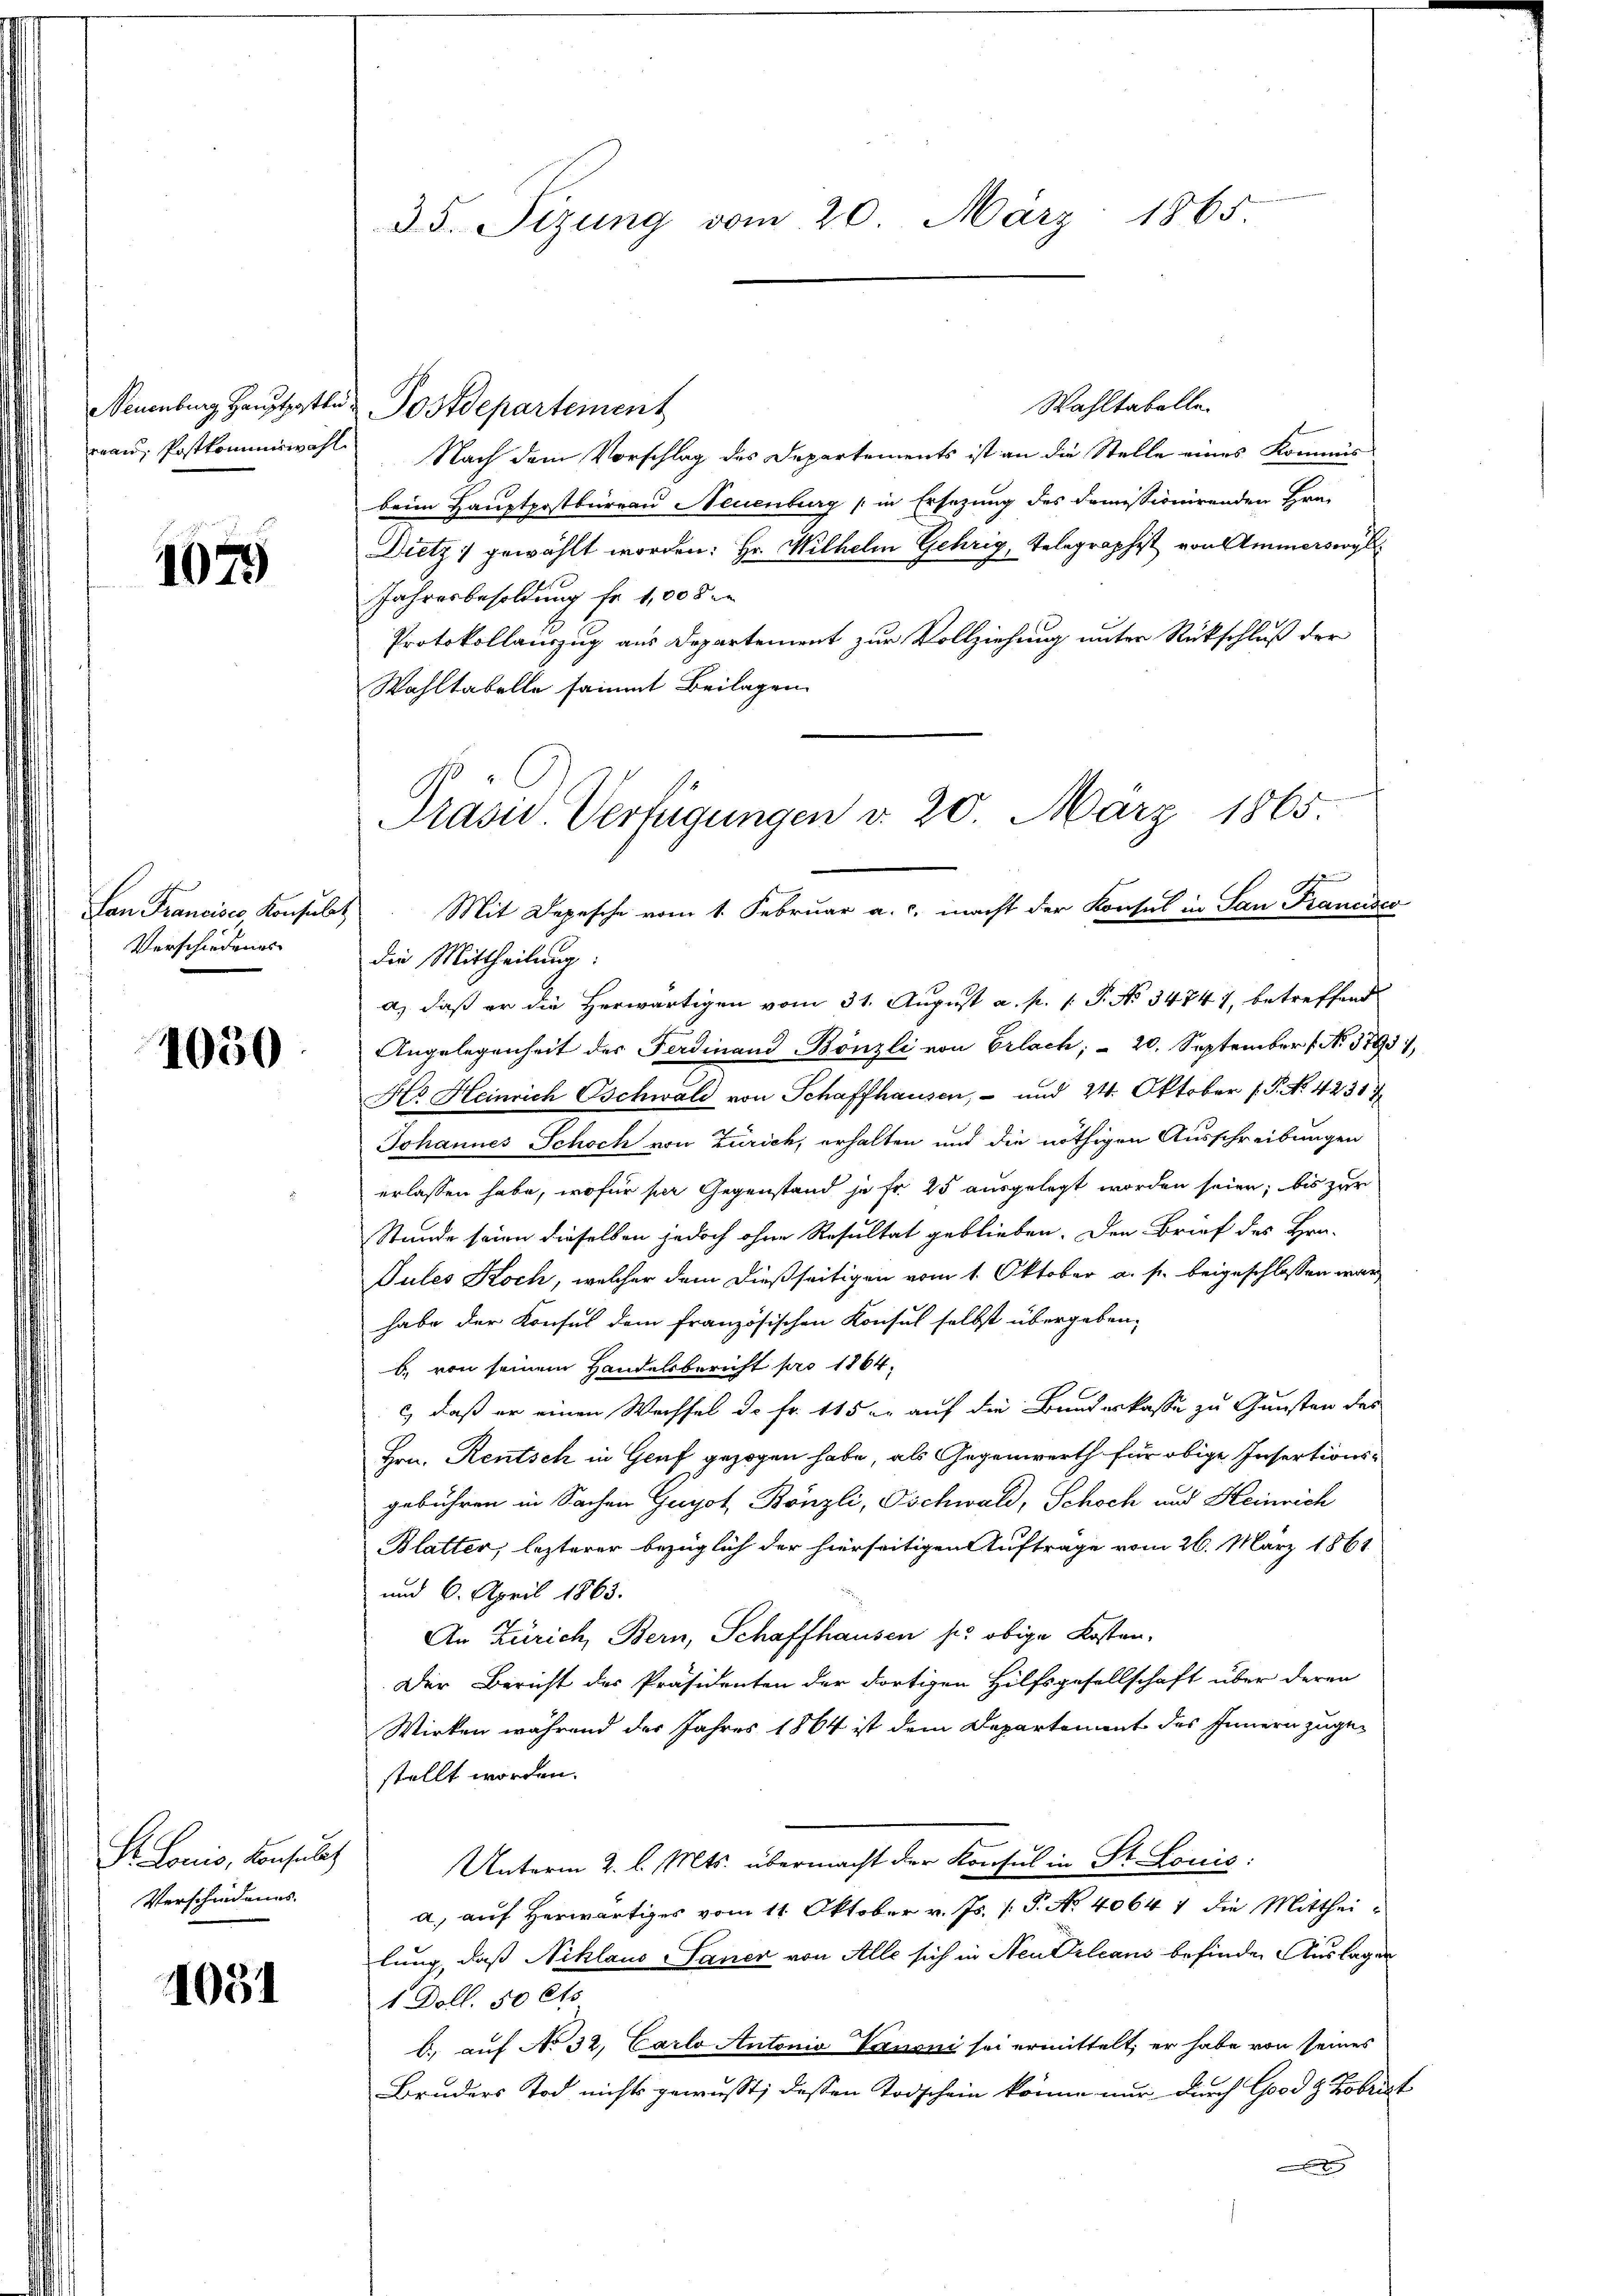
rau, Postkommiswahl.

1079

Verschiedenes

41050

S. Louis, Consulat
Verschiedungs-

1051

Neuenburg Hauptpotte Postdepartement

35. Sizung vom 20. März 1865.

Lan Francisco Konsulat. Mit Depesche vom 1. Februar a. c. macht der Konsul in San Francisco

Wahltabelle
Nach dem Vorschlag des Departements ist an die Stelle eines Kommis
beim Hauptpostbureau Neuenburg (in Ersezung des domissionirenden Hrn.
Dietz gewählt worden: Hr. Wilhelm Gehrig, Telegraphist von Ammerswyl
Jahresbesoldung fr. 1,000
Protokollauszug aus Departement zur Vollziehung unter Rückschluß der
Wohltabelle sammt Beilagen
Präsid. Verfügungen d. 20. März 1865.

die Mittheilung:
a) daß er die Herwärtigen vom 31. August a. p. 1. P. No 34741, betreffend
Angelegenheit des Ferdinand Bönzli von Erlach, - 20. September No. 3793),
Ko Heinrich Oschwald von Schaffhausen, – und 24. Oktober (P. Nr. 42317
Johannes Schoch von Zürich, erhalten und die nöthigen Ausschreibungen
erlassen habe, wofür ser Gegenstand je fr. 25 ausgelegt worden seien; bis zur
Stunde seien dieselben jedoch ohne Resultat geblieben. Den Brief des Hrn.
Jules Koch, welcher dem dießseitigen vom 1. Oktober a. s. beigeschlossen war
habe der Konsul dem französischen Konsul selbst übergeben,
b. von seinem Handelsbericht pro 1864,
c) daß er einen Wechsel d. fr. 115 er auf die Bundeskasse zu Gunsten des
Hrn. Rentsch in Genf gezogen habe, als Gegenwerth für obige Insertions-
gebühren in Sachen Guyot, Bönzli, Oschwald, Schoch und Heinrich
Blatter, lezterer bezüglich der hierseitigen Aufträge vom 26. März 1861
und 6. April 1863.
An Zürich, Bern, Schaffhausen s. obige Kosten,
Der Bericht des Präsidenten der dortigen Hülfsgesellschaft über deren
Wirken während der Jahres 1864 ist dem Departement des Innern zugestellt worden.
Unterm 2. l. Mts. übermacht der Konsul in St. Louis:
a) auf Herwärtiges vom 11. Oktober v. Js. /: P. No 4064 4 die Mittheilung, daß Niklaus Saner von Alle sich in Neu Orleans befinden Auslagen
1 Doll. 50 Cts.
b.) auf No 32, Carlo Antonio Vauoni sei ermittelt, er habe von seines
Bruders Tod nichts gewusst; deßen Todschein könne nur durch Good & Kobrist